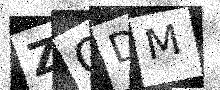
Text: ZODM